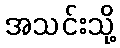
အသင်းသို့